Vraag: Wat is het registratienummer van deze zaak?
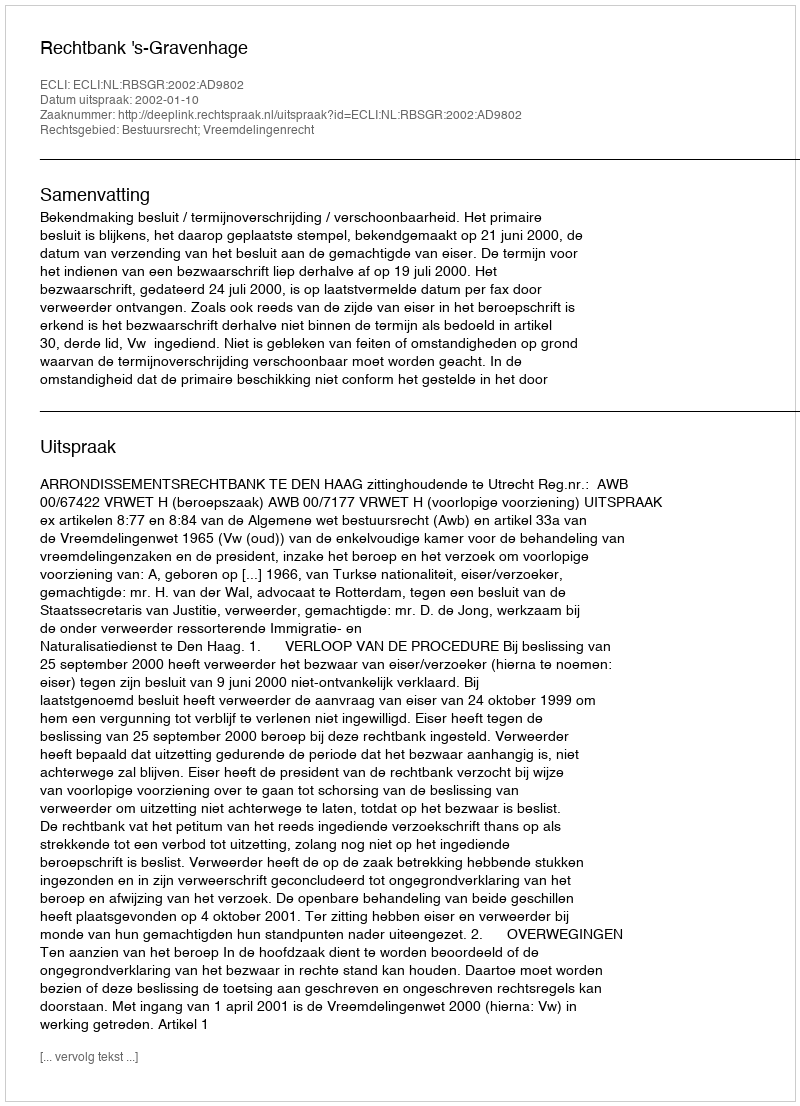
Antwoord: http://deeplink.rechtspraak.nl/uitspraak?id=ECLI:NL:RBSGR:2002:AD9802